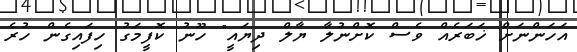
އަހަންނަށް ޚަބަރެއް ވެސް ކޮށްނުލާ ޔާލް ދިޔައީ" ހޫނު ކޮފީމަގު ހިފައިގެން ހުރެ